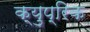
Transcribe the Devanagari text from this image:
क्युप्रिक